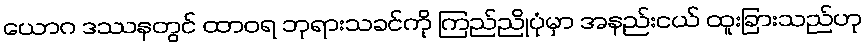
ယောဂ ဒဿနတွင် ထာဝရ ဘုရားသခင်ကို ကြည်ညိုပုံမှာ အနည်းငယ် ထူးခြားသည်ဟု